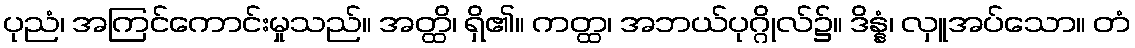
ပုညံ၊ အကြင်ကောင်းမှုသည်။ အတ္ထိ၊ ရှိ၏။ ကတ္ထ၊ အဘယ်ပုဂ္ဂိုလ်၌။ ဒိန္နံ၊ လှူအပ်သော။ တံ